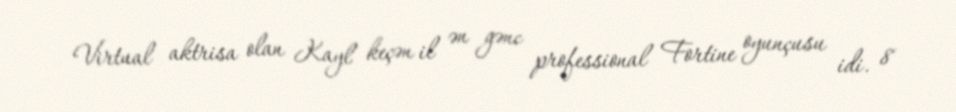
Virtual aktrisa olan Kayl keçən il ən gənc professional Fortine oyunçusu idi. 8